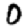
Digit: 0